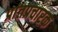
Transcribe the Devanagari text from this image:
प्रांतप्रचारक